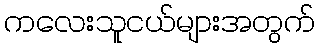
ကလေးသူငယ်များအတွက်